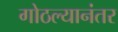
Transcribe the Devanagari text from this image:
गोठल्यानंतर